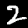
Label: 2